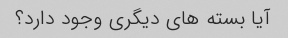
آیا بسته های دیگری وجود دارد؟